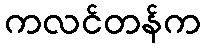
ကလင်တန်က